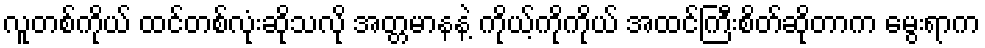
လူတစ်ကိုယ် ထင်တစ်လုံးဆိုသလို အတ္တမာနနဲ့ ကိုယ့်ကိုကိုယ် အထင်ကြီးစိတ်ဆိုတာက မွေးရာက